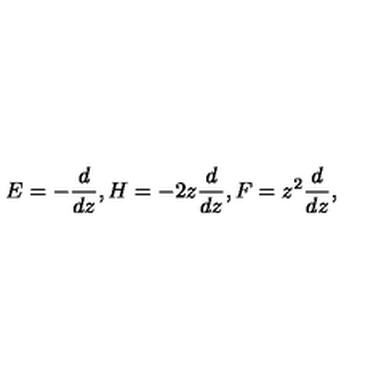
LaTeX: E = - \frac { d } { d z } , H = - 2 z \frac { d } { d z } , F = z ^ { 2 } \frac { d } { d z } ,